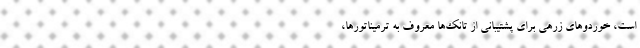
است، خوردوهای زرهی برای پشتیبانی از تانک‌ها معروف به ترمیناتورها،